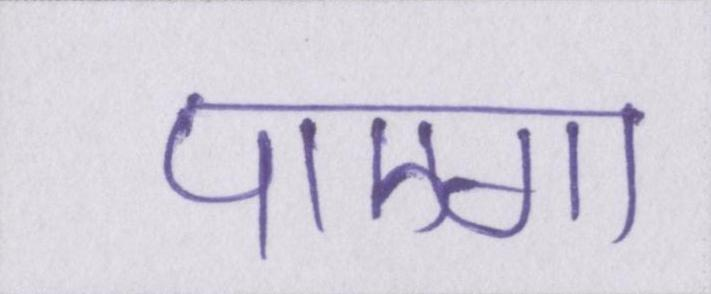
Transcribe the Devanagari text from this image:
पाएगा